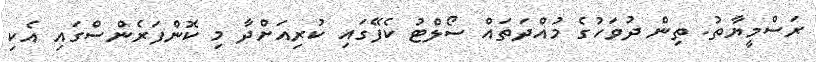
ރަސްމީޔާތު. ތިން ދުވަހުގެ މުއްދަތައް ސޯލްޓު ކެފޭގައި ކުރިއަށްދާ މި ކޮންފަރެންސްގައި އެކި